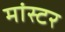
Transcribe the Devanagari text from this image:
मांस्टर